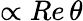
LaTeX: \propto Re\, \theta